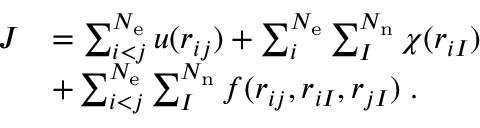
\begin{array} { r l } { J } & { = \sum _ { i < j } ^ { N _ { \mathrm { e } } } u ( r _ { i j } ) + \sum _ { i } ^ { N _ { \mathrm { e } } } \sum _ { I } ^ { N _ { \mathrm { n } } } \chi ( r _ { i I } ) } \\ & { + \sum _ { i < j } ^ { N _ { \mathrm { e } } } \sum _ { I } ^ { N _ { \mathrm { n } } } f ( r _ { i j } , r _ { i I } , r _ { j I } ) \; . } \end{array}